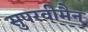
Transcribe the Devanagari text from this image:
सुपरवीमैन